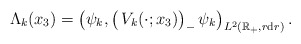
\begin{align*} \Lambda_k(x_3) = \bigl(\psi_k, \big(\,V_k(\cdot ; x_3)\big)_- \, \psi_k\bigr)_{L^2(\mathbb{R}_+, r \mathrm{d}r)}\,.\end{align*}